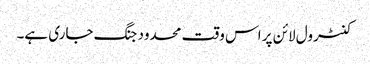
کنٹرول لائن پر اس وقت محدود جنگ جاری ہے۔